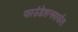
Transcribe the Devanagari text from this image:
फाउंडेशनमार्फत